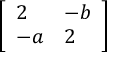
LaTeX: \left[ { \begin{array} { l l } { 2 } & { - b } \\ { - a } & { 2 } \end{array} } \right]